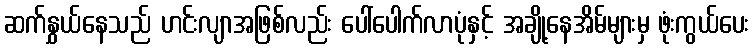
ဆက်နွှယ်နေသည် ဟင်းလျာအဖြစ်လည်း ပေါ်ပေါက်လာပုံနှင့် အချို့နေအိမ်များမှ ဖုံးကွယ်ပေး